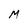
Character: M